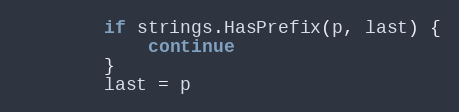
Language: Go
		if strings.HasPrefix(p, last) {
			continue
		}
		last = p